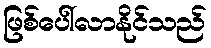
ဖြစ်ပေါ်လာနိုင်သည်